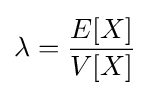
\lambda ={\frac {E[X]}{V[X]}}